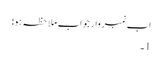
اب نمبر وار جواب ملاحظہ ہو:
1۔